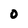
Character: 0